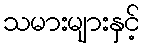
သမားများနှင့်